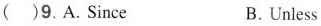
( )9. A. Since B. Unless